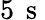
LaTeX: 5\, \mathrm{~s~}